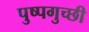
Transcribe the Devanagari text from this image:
पुष्पगुच्छी